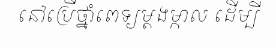
នៅប្រើថ្នាំពេទ្យម្តងម្កាល ដើម្បី